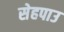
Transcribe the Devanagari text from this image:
सेहपाउ